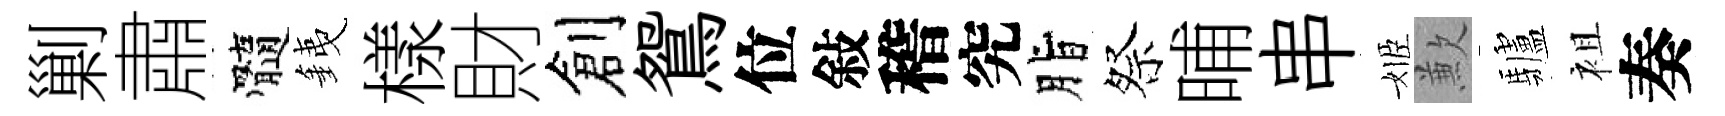
剿肅髓銕樣財創鴛位敍稽究脂祭晡串姬歉驢袓奏